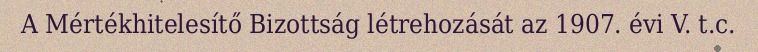
A Mértékhitelesítő Bizottság létrehozását az 1907. évi V. t.c.